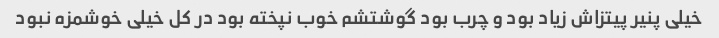
خیلی پنیر پیتزاش زیاد بود و چرب بود گوشتشم خوب نپخته بود در کل خیلی خوشمزه نبود